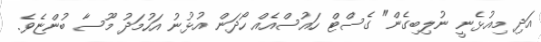
އަދި މިއުޅެނީ ނުލިބިގެން" ގެސްޓް ހައުސްއެއް ހޯދަން އުޅުނު އަހުމަދު މޫސާ ބުންޏެވެ.